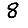
Digit: 8